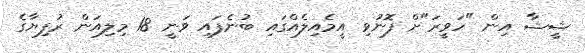
ޝީޝާ އިން "ހަވީރަ"ށް ފޮނުވި އީމެއިލެއްގައި ބުނެފައި ވަނީ 18 މިލިއަން ރުފިޔާގެ